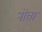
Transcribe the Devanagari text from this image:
नोता